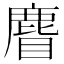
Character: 𪊣